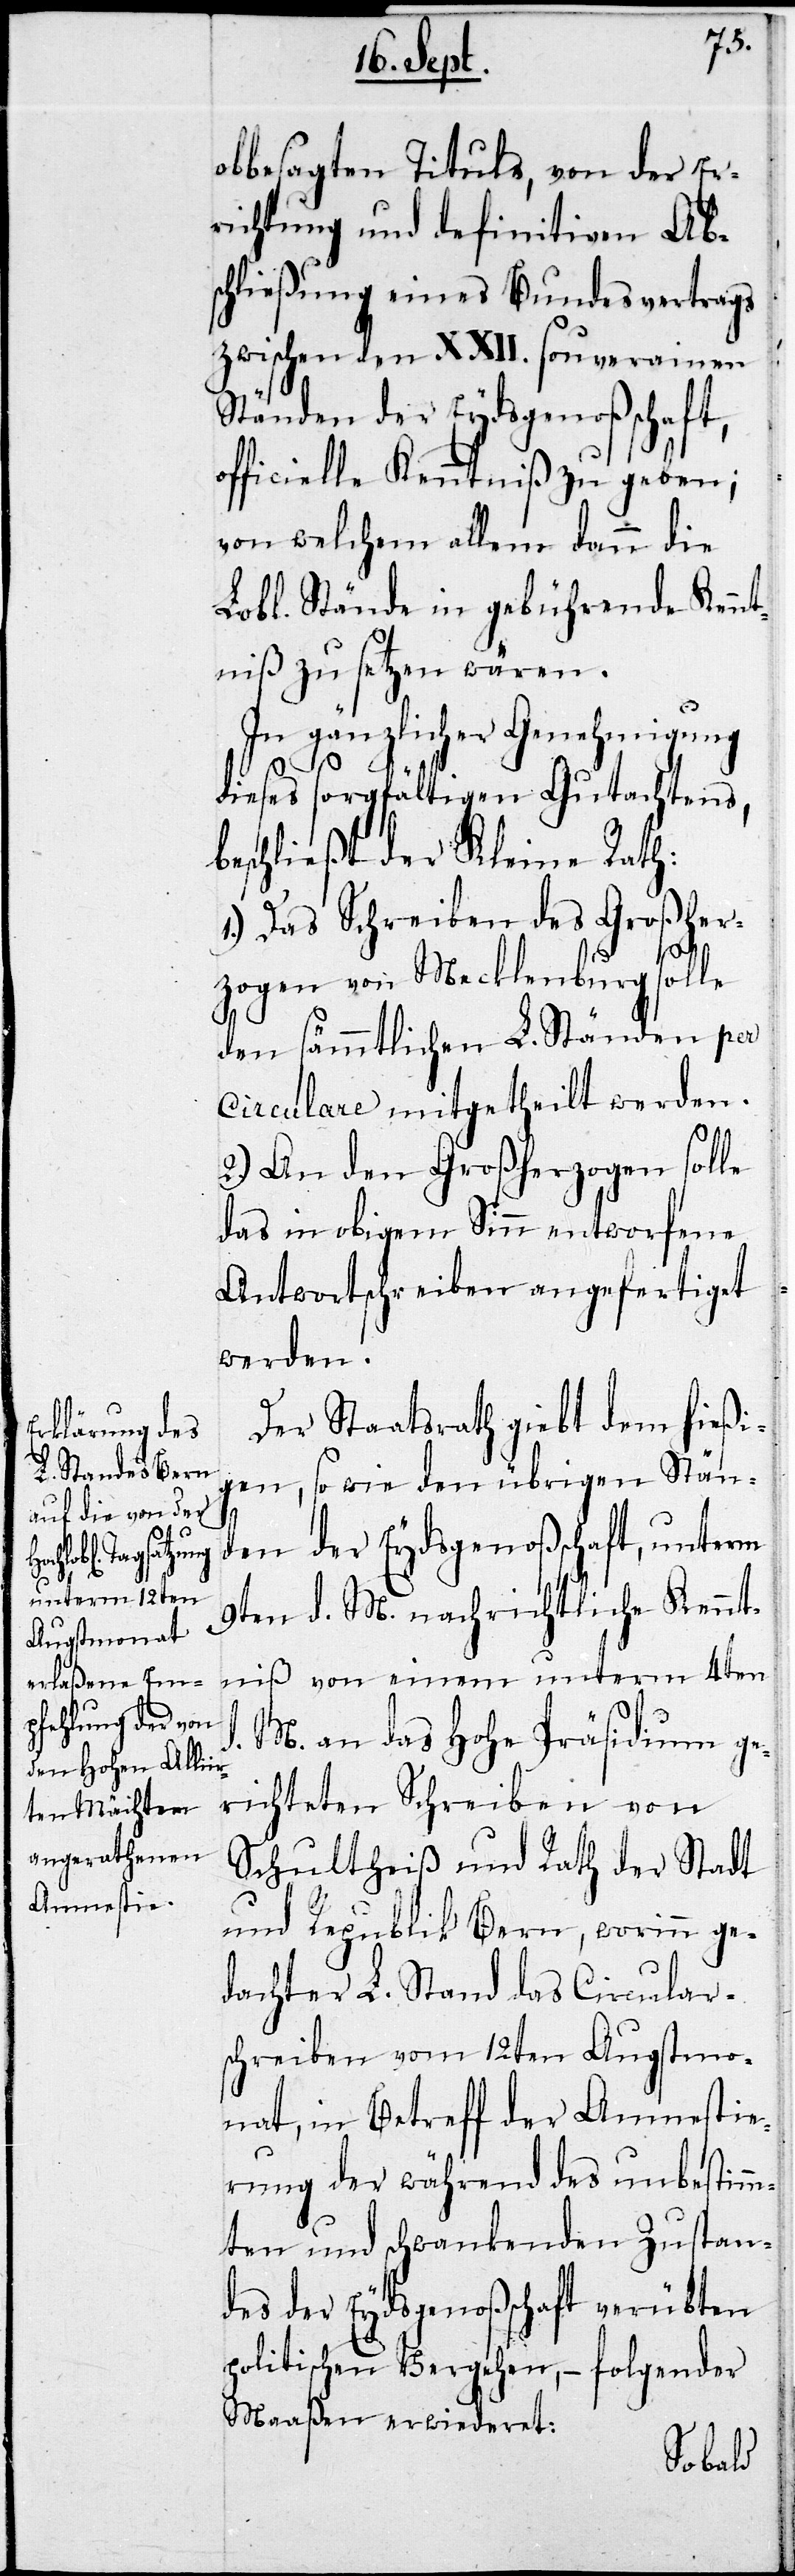
obbesagten Tituls, von der Er¬
richtung und definitiven Ab¬
schließung eines Bundesvertrags
zwischen den XXII. souverainen
Ständen der Eydsgenoßenschaft,
officielle Kenntniß zu geben;
von welchem allem dann die
Lobl. Stände in gebührende Kennt¬
niß zu setzen wären.
In gänzlicher Genehmigung
dieses sorgfältigen Gutachtens,
beschließt der Kleine Rath:
1.) Das Schreiben des Großher¬
zogen von Mecklenburg solle
den sämmtlichen L. Ständen per
Circulare mitgetheilt werden.
2.) An den Großherzogen solle
das in obigem Sinn entworfene
Antwortschreiben angefertiget
werden.
Der Staatsrath giebt dem hießi¬
gen, so wie den übrigen Stän¬
den der Eydsgenoßenschaft, unterm
9ten d. M. nachrichtliche Kennt¬
niß von einem unterm 4ten
M. an das Hohe Präsidium ge¬
richteten Schreiben von
Schultheiß und Rath der Stadt
und Republik Bern, worinn ge¬
dachter L. Stand das Circular¬
schreiben vom 12ten Augstmo¬
nat, in Betreff der Amnestie¬
rung der während des unbestimm¬
ten und schwankenden Zustan¬
des der Eydsgenoßenschaft verübten
politischen Vergehen, – folgender
Maaßen erwiederet: